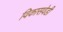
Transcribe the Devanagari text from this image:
विकासवेडी